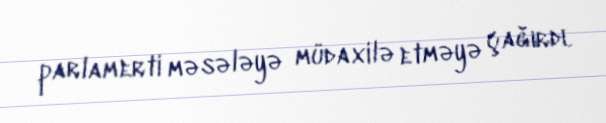
parlamerti məsələyə müdaxilə etməyə çağırdı.